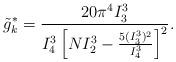
LaTeX: \begin{align*}\tilde{g}_{k}^{*}=\frac{20\pi^{4}I_{3}^{3}}{I_{4}^{3}\left[NI_{2}^{3}-\frac{5(I_{3}^{3})^{2}}{I_{4}^{3}}\right]^{2}}.\end{align*}